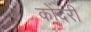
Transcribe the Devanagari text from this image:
कोंदरी